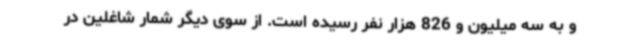
و به سه میلیون و 826 هزار نفر رسیده است. از سوی دیگر شمار شاغلین در